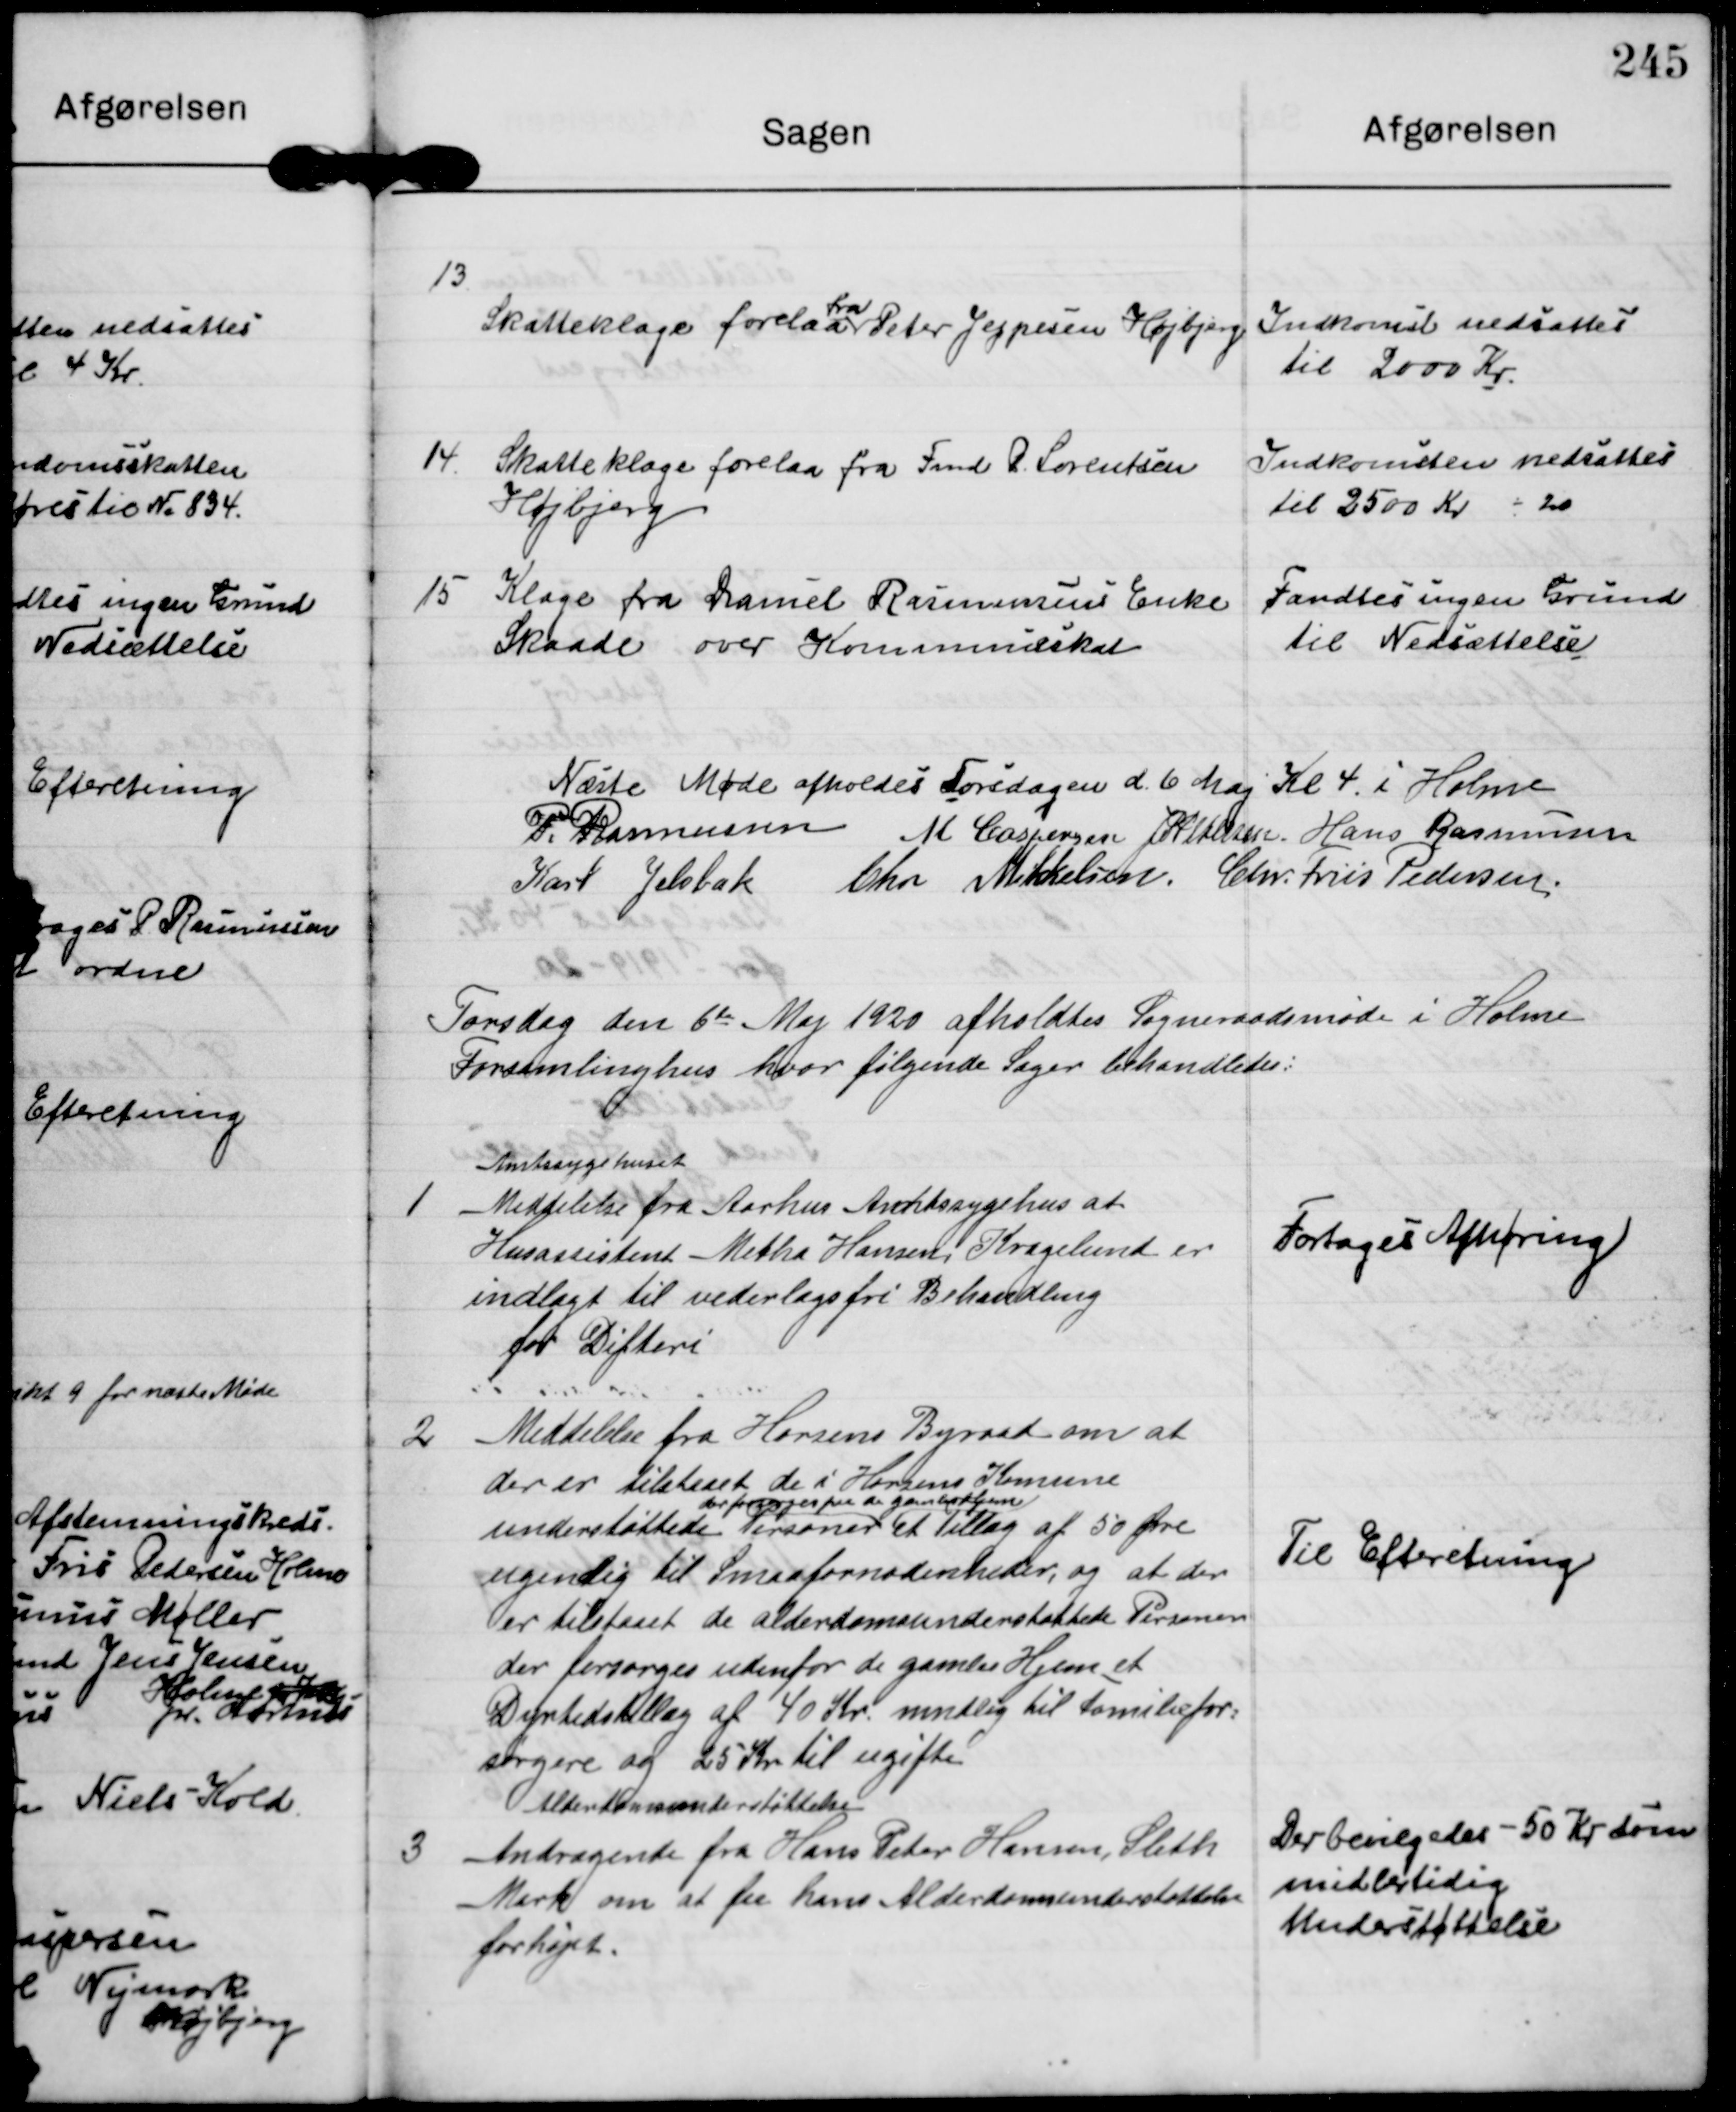
Transskription:
13.

Skatteklage forelaa
fra
Peter Jeppesen Højbjerg

Indkomst nedsattes
til 2000 Kr.

14

Skatteklage forelaa fra Fmd R Lorentsen
Højbjerg

Indkomsten nedsattes
til 2500 Kr - 20

15

Klage fra Daniel Rasmussens Enke
Skaade over Kommuneskat

Fandtes ingen Grund
til Nedsættelse

Næste Møde afholdes Torsdagen d 6 Maj Kl 4 i Holme

P Rasmussen M Caspensen J P Pedersen Hans Rasmussen
Karl Jelsbak Chr Mikkelsen Chr. Friis Pedersen

Torsdag den 6te Maj 1920 afholdtes Sogneraadsmøde i Holme
Forsamlinghus hvor følgende Sager behandledes:

1

Amtssygehuset
Meddelelse fra Aarhus Amtssygehus at
Husassistent Metha Hansen Kragelund er
indlagt til vederlagsfri Behandling
for Difteri

Fortages Afhøring

2

Meddelelse fra Horsens Byraad om at
der er tilstaaet de i Horsens Komune
understøttede Personer
der forsørges paa de gamles Hjem
et tillæg af 50 Øre
ugentig til Smaafornødenheder, og at der
er tilstaaet de alderdomsunderstøttede Personer
der forsørges udenfor de gamles Hjem et
Dyrtidstillæg af 40 Kr mndlig til Familiefor=
sørgere af 25 Kr til ugifte

Til Efteretning.

3

Alderdomsunderstøttelse
Andragende fra Hans Peter Hansen, Sleth
Mark om at faa hans Alderdomsunderstøttelse
forhøjet.

Der bevilgedes 50 Kr som
midlertidig
Understøttelse